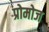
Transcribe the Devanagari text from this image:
प्रोमोज